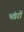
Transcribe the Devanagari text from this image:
भंडरों